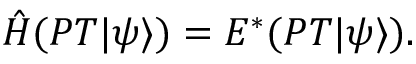
\hat { H } ( { \cal P T } | \psi \rangle ) = E ^ { * } ( { \cal P T } | \psi \rangle ) .